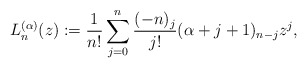
\begin{align*}L_n^{(\alpha)}(z) := \frac{1}{n!}\sum_{j=0}^n\frac{(-n)_j}{j!}(\alpha+j+1)_{n-j}z^j, \end{align*}